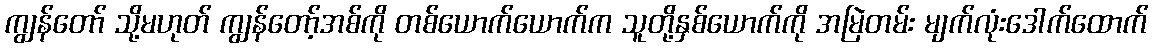
ကျွန်တော် သို့မဟုတ် ကျွန်တော့်အစ်ကို တစ်ယောက်ယောက်က သူတို့နှစ်ယောက်ကို အမြဲတမ်း မျက်လုံးဒေါက်ထောက်